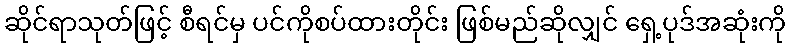
ဆိုင်ရာသုတ်ဖြင့် စီရင်မှ ပင်ကိုစပ်ထားတိုင်း ဖြစ်မည်ဆိုလျှင် ရှေ့ပုဒ်အဆုံးကို